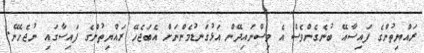
ރައްޔިތުންގެ ފައިސާއޭ ބުނެގެންވެސް އެ ވިސްނައިދޭން އަޅުގަނޑުމެންނަށް އެބަޖެހޭ ރައްޔިތުންގެ ފައިސާގައި ނުޖެހޭނެ.